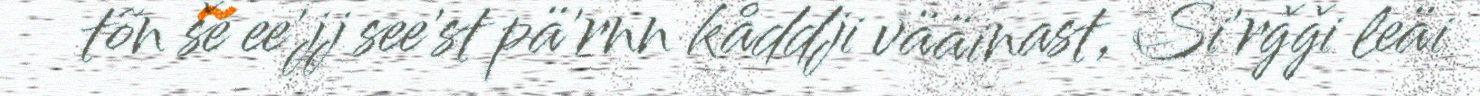
tõn še ee'jj see'st pä'rnn kåddji vääinast, Si'rǧǧi leäi